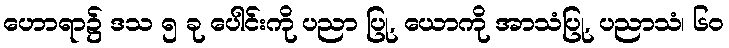
ဟောရာ၌ ဒသ ၅ ခု ပေါင်းကို ပညာ ပြု, ယောကို အာသံပြု, ပညာသံ၊ ၆၀